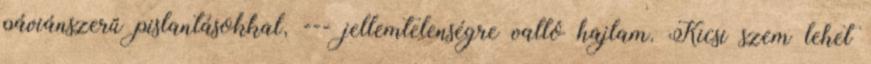
páviánszerű pislantásokkal, --- jellemtelenségre valló hajlam. Kicsi szem lehet